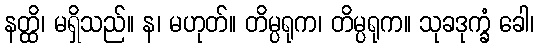
နတ္ထိ၊ မရှိသည်။ န၊ မဟုတ်။ တိမ္ပရုက၊ တိမ္ပရုက။ သုခဒုက္ခံ ခေါ၊